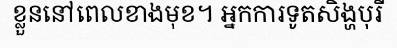
ខ្លួននៅពេលខាងមុខ។ អ្នកការទូតសិង្ហបុរី